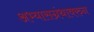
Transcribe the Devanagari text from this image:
अभ्यासग्रंथावरुन